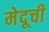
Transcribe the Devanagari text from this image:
मेदूची